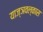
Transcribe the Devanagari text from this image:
याज्ञवल्कास